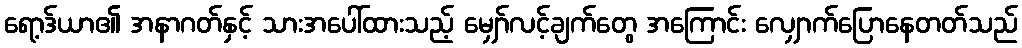
ရော့ဒ်ယာ၏ အနာဂတ်နှင့် သားအပေါ်ထားသည့် မျှော်လင့်ချက်တွေ အကြောင်း လျှောက်ပြောနေတတ်သည်